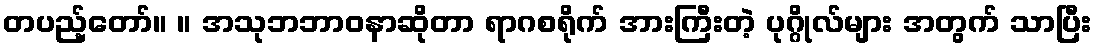
တပည့်တော်။ ။ အသုဘဘာဝနာဆိုတာ ရာဂစရိုက် အားကြီးတဲ့ ပုဂ္ဂိုလ်များ အတွက် သာပြီး